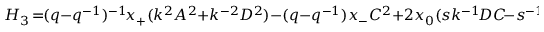
H _ { 3 } \! = \! \! ( q - q ^ { - 1 } ) ^ { - 1 } \! x _ { + } ( k ^ { 2 } A ^ { 2 } + k ^ { - 2 } D ^ { 2 } ) - ( q - q ^ { - 1 } ) x _ { - } C ^ { 2 } + 2 x _ { 0 } ( s k ^ { - 1 } \! D C \! - s ^ { - 1 } \! k A C ) ,